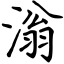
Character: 滃